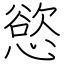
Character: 慾